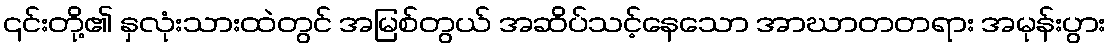
၎င်းတို့၏ နှလုံးသားထဲတွင် အမြစ်တွယ် အဆိပ်သင့်နေသော အာဃာတတရား အမုန်းပွား